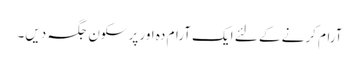
آرام کرنے کے لئے ایک آرام دہ اور پرسکون جگہ دیں۔